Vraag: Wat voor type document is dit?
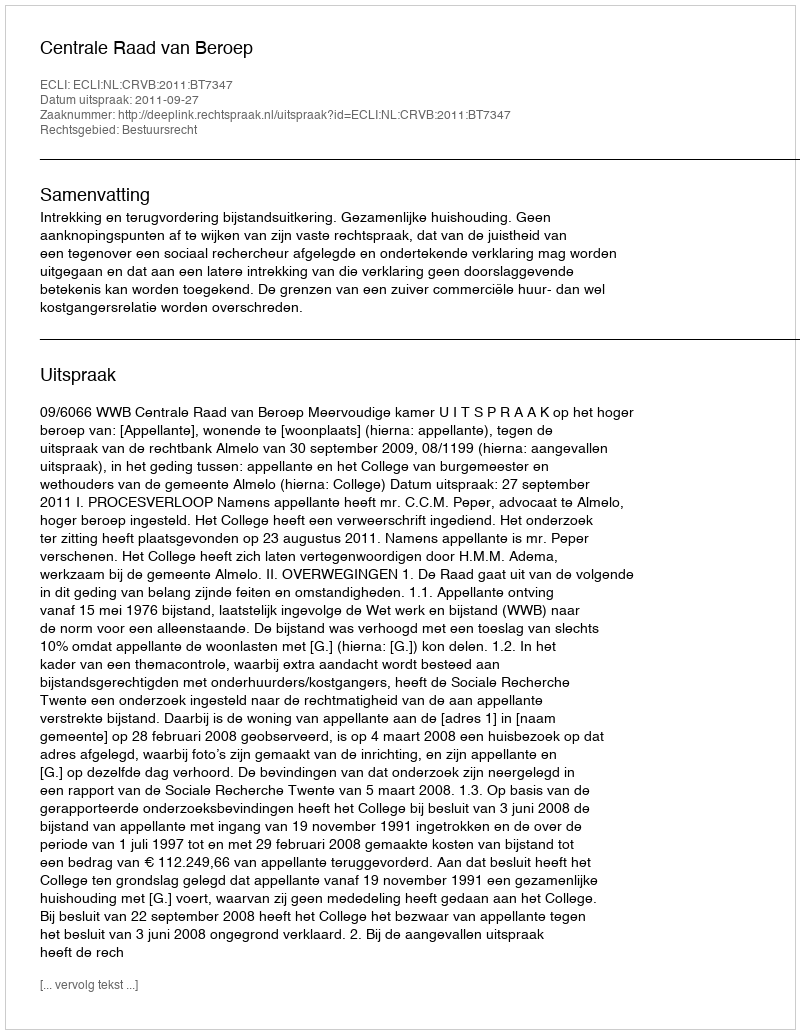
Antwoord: Uitspraak